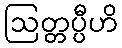
ဩတ္တပ္ပီဟိ